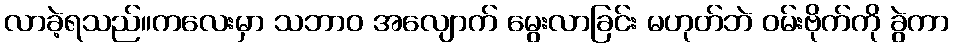
လာခဲ့ရသည်။ကလေးမှာ သဘာဝ အလျောက် မွေးလာခြင်း မဟုတ်ဘဲ ဝမ်းဗိုက်ကို ခွဲကာ